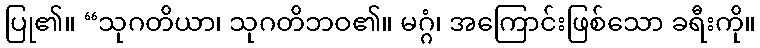
ပြု၏။ “သုဂတိယာ၊ သုဂတိဘဝ၏။ မဂ္ဂံ၊ အကြောင်းဖြစ်သော ခရီးကို။